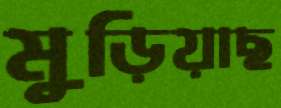
মুড়িয়াছ